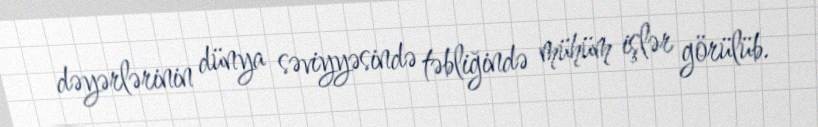
dəyərlərinin dünya səviyyəsində təbliğində mühüm işlər görülüb.